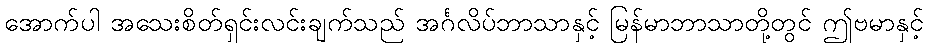
အောက်ပါ အသေးစိတ်ရှင်းလင်းချက်သည် အင်္ဂလိပ်ဘာသာနှင့် မြန်မာဘာသာတို့တွင် ဤဗမာနှင့်